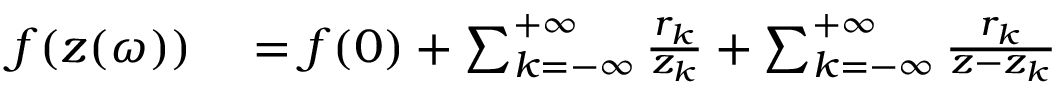
\begin{array} { r l } { f ( z ( \omega ) ) } & { { } = f ( 0 ) + \sum _ { k = - \infty } ^ { + \infty } \frac { r _ { k } } { z _ { k } } + \sum _ { k = - \infty } ^ { + \infty } \frac { r _ { k } } { z - z _ { k } } } \end{array}